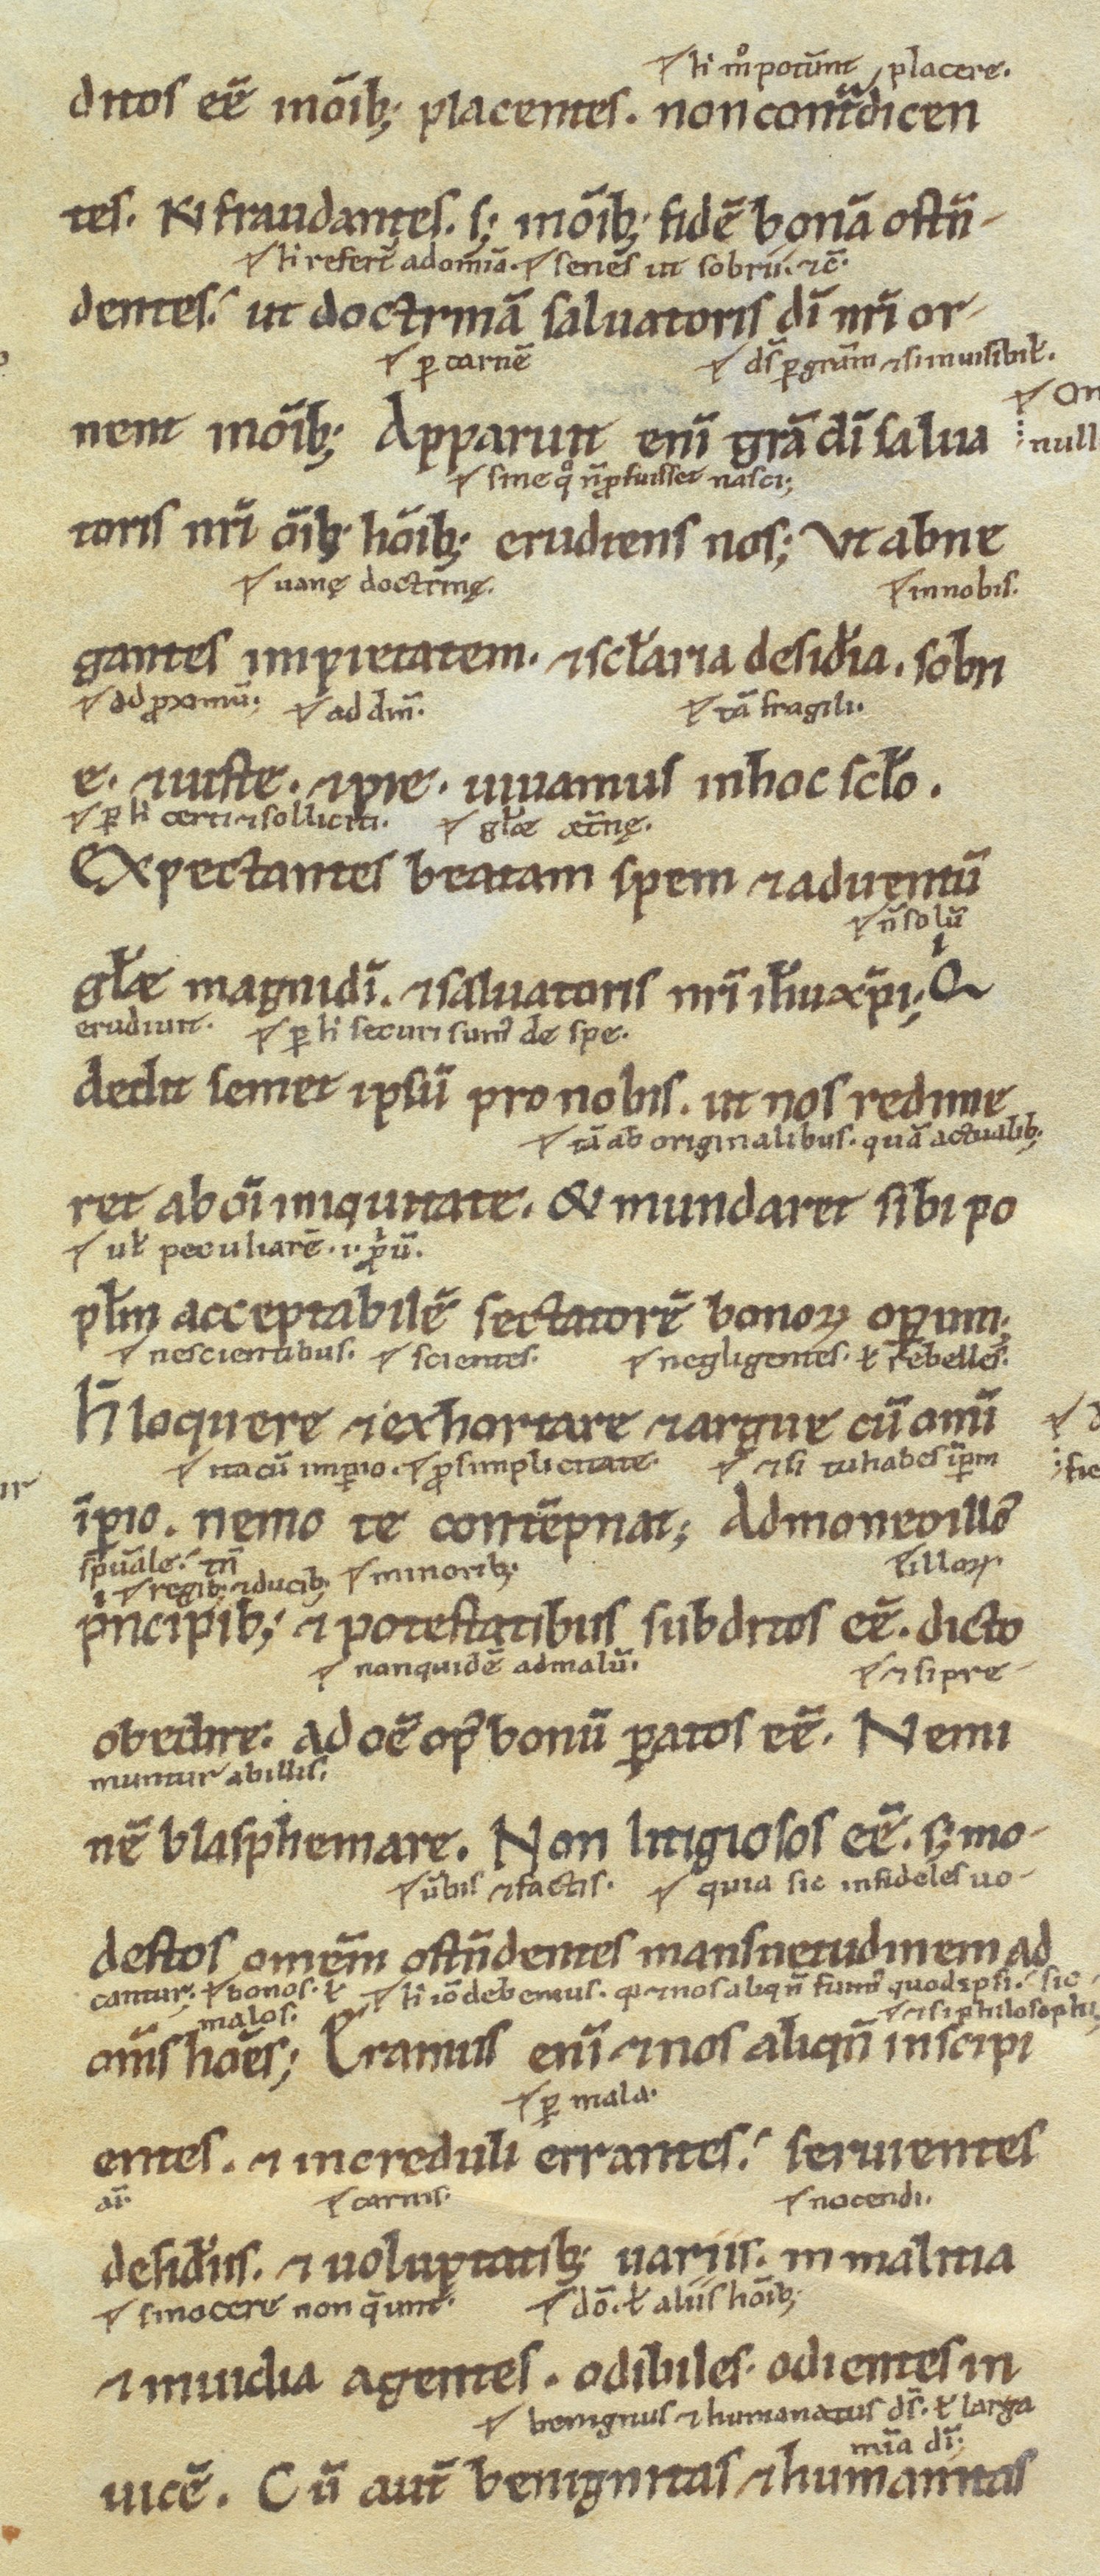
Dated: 1100–1199